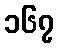
၁၆၇